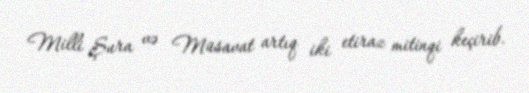
Milli Şura və Müsavat artıq iki etiraz mitinqi keçirib.